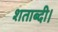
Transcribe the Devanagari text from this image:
शताब्दी।